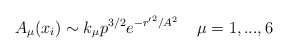
\begin{align*}A_{\mu}(x_i)\sim k_{\mu} p^{3/2}e^{-{r'}^2/A^2}\;\;\;\; \mu=1,...,6\end{align*}